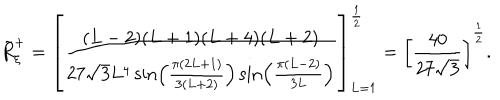
LaTeX: \tilde { R } _ { \xi } ^ { + } = \left[ \frac { ( L - 2 ) ( L + 1 ) ( L + 4 ) ( L + 2 ) } { 2 7 \sqrt { 3 } L ^ { 4 } \sin \left( \frac { \pi ( 2 L + 1 ) } { 3 ( L + 2 ) } \right) \sin \left( \frac { \pi ( L - 2 ) } { 3 L } \right) } \right] _ { L = 1 } ^ { \frac { 1 } { 2 } } = \left[ \frac { 4 0 } { 2 7 \sqrt { 3 } } \right] ^ { \frac { 1 } { 2 } } .